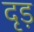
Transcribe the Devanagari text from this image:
दृड़